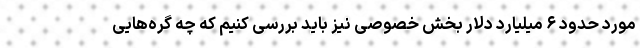
مورد حدود ۶ میلیارد دلار بخش خصوصی نیز باید بررسی کنیم که چه گره‌هایی